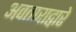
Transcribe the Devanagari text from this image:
अवताराद्वारे